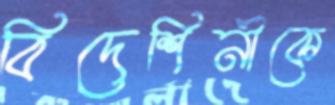
বিদেশিনীকে